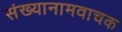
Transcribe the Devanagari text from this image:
संख्यानामवाचक